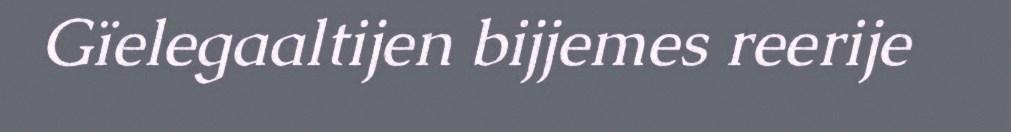
Gïelegaaltijen bijjemes reerije